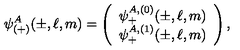
\psi _ { ( + ) } ^ { A } ( \pm , \ell , m ) = \left( \begin{array} { c } { \psi _ { + } ^ { A , ( 0 ) } ( \pm , \ell , m ) } \\ { \psi _ { + } ^ { A , ( 1 ) } ( \pm , \ell , m ) } \\ \end{array} \right) ,